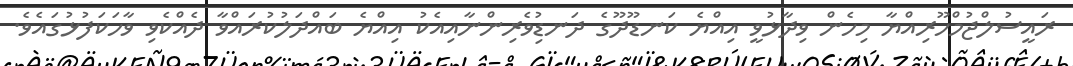
ރައީސުލްޖުމްހޫރިއްޔާ މިހެން ވިދާޅުވީ އިއްޔެ ކަނޑޫދޫގެ ދަނޑުިުވެރިންނާއިއެކު އިއްޔެ ބައްދަލުކުރައްވާ ދެއްކެވި ވާހަކަފުޅުގައެވެ.